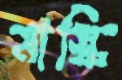
মাস্কি